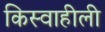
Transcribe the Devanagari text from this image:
किस्वाहीली